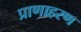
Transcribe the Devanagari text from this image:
प्राणाहरण